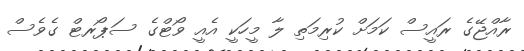
ރާއްޖޭގެ ރައީސް ކަމަށް ކުރިމަތި ލާ މީހަކީ އެއީ ވޯޓްގެ ސަޕޯރޓް ގެވެސް